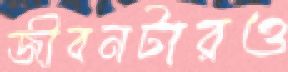
জীবনটারও